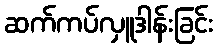
ဆက်ကပ်လှူဒါန်းခြင်း